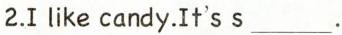
2.Ilike candy.It's s ___ .